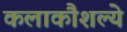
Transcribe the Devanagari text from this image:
कलाकौशल्ये